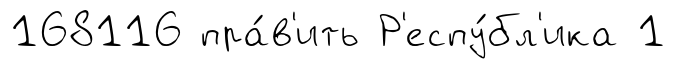
168116 пра́в'ить Р'еспу́бл'ика 1